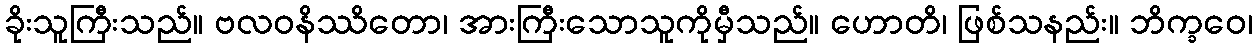
ခိုးသူကြီးသည်။ ဗလဝနိဿိတော၊ အားကြီးသောသူကိုမှီသည်။ ဟောတိ၊ ဖြစ်သနည်း။ ဘိက္ခဝေ၊